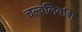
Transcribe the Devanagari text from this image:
चल्वलिवशि